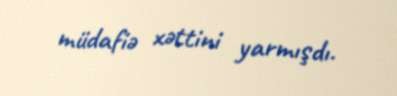
müdafiə xəttini yarmışdı.